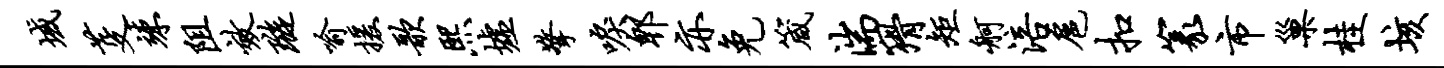
域芟竦阻效璇喻援歌熙墟擎唳郫亦免箴湍猾矩舸涪扈扣篆市巢桂垓